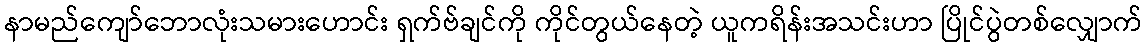
နာမည်ကျော်ဘောလုံးသမားဟောင်း ရှက်ဗ်ချင်ကို ကိုင်တွယ်နေတဲ့ ယူကရိန်းအသင်းဟာ ပြိုင်ပွဲတစ်လျှောက်